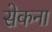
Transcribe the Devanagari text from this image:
सेकना